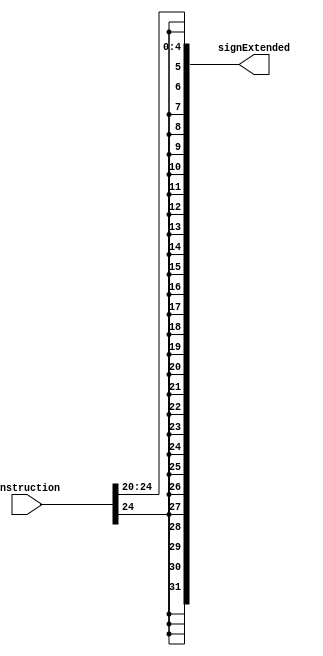
`ifndef __ShamtSignExtend32b__
`define __ShamtSignExtend32b__

module ShamtSignExtend32b (
    instruction,
    signExtended
);
    input wire [31:0] instruction;
    output wire [31:0] signExtended;

    assign signExtended = {
        {27 {instruction[24]}},
        instruction[24:20]
    };

endmodule

`endif